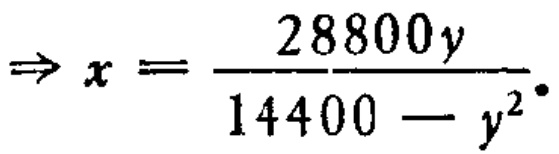
\(\Rightarrow x = \frac{28800y}{14400 - y^{2}}.\)